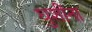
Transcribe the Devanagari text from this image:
घुशींना